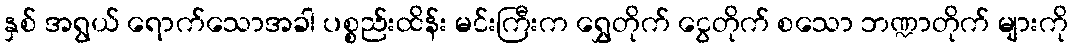
နှစ် အရွယ် ရောက်သောအခါ ပစ္စည်းထိန်း မင်းကြီးက ရွှေတိုက် ငွေတိုက် စသော ဘဏ္ဍာတိုက် များကို